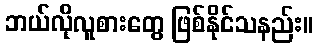
ဘယ်လိုလူစားတွေ ဖြစ်နိုင်သနည်း။